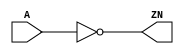
module INV_X16 (A, ZN);
  input A;
  output ZN;
  not(ZN, A);
  specify
    (A => ZN) = (0.1, 0.1);
  endspecify
endmodule